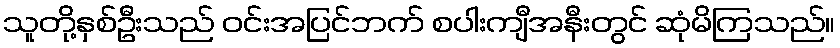
သူတို့နှစ်ဦးသည် ဝင်းအပြင်ဘက် စပါးကျီအနီးတွင် ဆုံမိကြသည်။